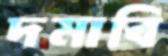
দমাবি